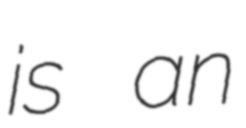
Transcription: is an